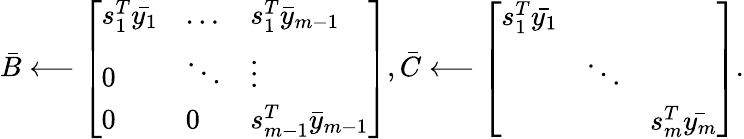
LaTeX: \bar{B}\longleftarrow\left[\begin{array}{lll}{s_{1}^{T}\bar{y_{1}}}&{\dots}&{s_{1}^{T}\bar{y}_{m-1}}\\ {0}&{\ddots}&{\vdots}\\ {0}&{0}&{s_{m-1}^{T}\bar{y}_{m-1}}\end{array}\right],\bar{C}\longleftarrow\left[\begin{array}{lll}{{s_{1}^{T}\bar{y_{1}}}}&&\\ &{\ddots}&\\ &&{{s_{m}^{T}}\bar{y_{m}}}\end{array}\right].